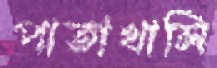
পাতাখালি